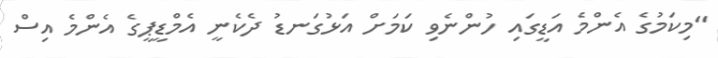
"މިކަމުގެ އެންމެ އަޑީގައި ހުންނެވި ކަމަށް އަޅުގަނޑު ދެކެނީ އެމްޑީޕީގެ އެންމެ އިސް